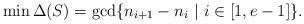
LaTeX: \begin{align*}\min \Delta(S) = \gcd\{n_{i+1} - n_i\ |\ i \in [1,e-1]\}.\end{align*}